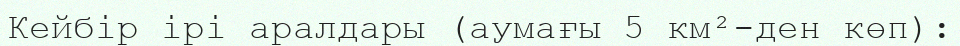
Кейбір ірі аралдары (аумағы 5 км²-ден көп):